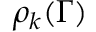
\rho _ { k } ( \Gamma )